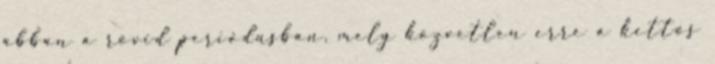
abban a rövid periódusban, mely közvetlen erre a kettős